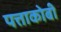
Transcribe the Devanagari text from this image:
पत्ताकोबी